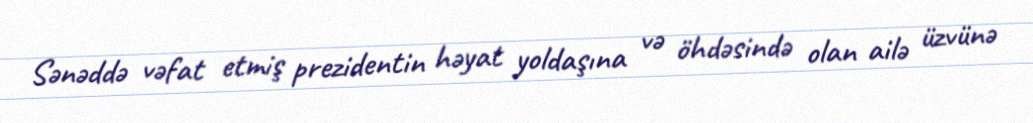
Sənəddə vəfat etmiş prezidentin həyat yoldaşına və öhdəsində olan ailə üzvünə